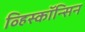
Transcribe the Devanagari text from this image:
व्हिस्कॉन्सिन